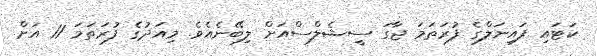
ކަޓައި ފައިނަލްގެ ފުރަތަމަ ޖާގަ ސީޝެލްސްއަށް ލިބޭނެއެވެ. މިއަދުގެ ފުރަތަމަ 11 އަށް